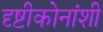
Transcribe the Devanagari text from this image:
दृष्टीकोनांशी